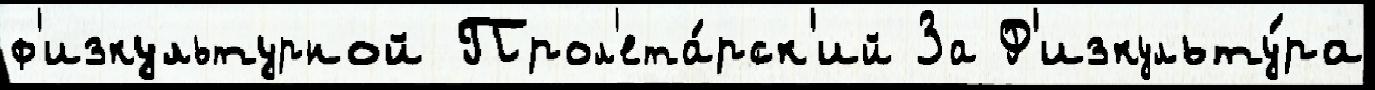
ф'изкультурной Прол'ета́рск'ий За Ф'изкульту́ра